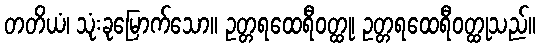
တတိယံ၊ သုံးခုမြောက်သော။ ဥတ္တရထေရီဝတ္ထု၊ ဥတ္တရထေရီဝတ္ထုသည်။